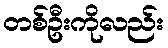
တစ်ဦးကိုလည်း